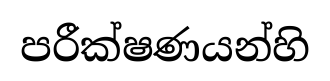
පරීක්ෂණයන්හි